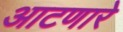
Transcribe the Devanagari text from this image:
आटणारे